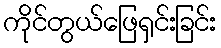
ကိုင်တွယ်ဖြေရှင်းခြင်း